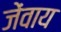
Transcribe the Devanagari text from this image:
जेंवाय